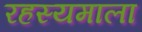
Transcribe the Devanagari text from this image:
रहस्यमाला